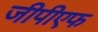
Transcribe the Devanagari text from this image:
जीपीएफ